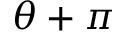
\theta + \pi